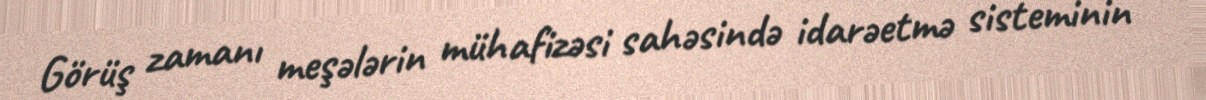
Görüş zamanı meşələrin mühafizəsi sahəsində idarəetmə sisteminin